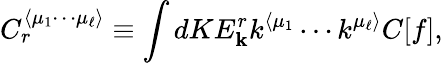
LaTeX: C_{r}^{\langle\mu_{1}\cdots\mu_{\ell}\rangle}\equiv\int dKE_{\mathbf{k}}^{r}k^{\langle\mu_{1}}\cdots k^{\mu_{\ell}\rangle}C[f],